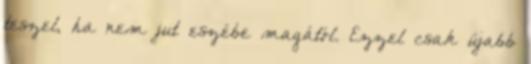
teszel, ha nem jut eszébe magától. Ezzel csak újabb